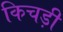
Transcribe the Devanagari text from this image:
किचड़ी